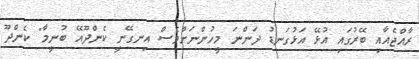
ރާއްޖެއާއި ބޭރުގައި އުޅޭ އަޅުގަނޑު ދަންނަ މީހުންނަށްވެސް އިނގޭނީ ކެންދޫއޭ ބުނީމާ" ކެންދޫ